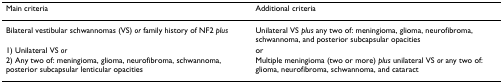
| Main criteria | Additional criteria |
 | --- | --- |
 | Bilateral vestibular schwannomas (VS) or family history of NF2 plus | Unilateral VS plus any two of: meningioma, glioma, neurofibroma, schwannoma, and posterior subcapsular opacities |
 | 1) Unilateral VS or | or |
 | 2) Any two of: meningioma, glioma, neurofibroma, schwannoma, posterior subcapsular lenticular opacities | Multiple meningioma (two or more) plus unilateral VS or any two of: glioma, neurofibroma, schwannoma, and cataract |